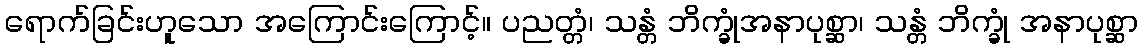
ရောက်ခြင်းဟူသော အကြောင်းကြောင့်။ ပညတ္တံ၊ သန္တံ ဘိက္ခုံအနာပုစ္ဆာ၊ သန္တံ ဘိက္ခုံ အနာပုစ္ဆာ